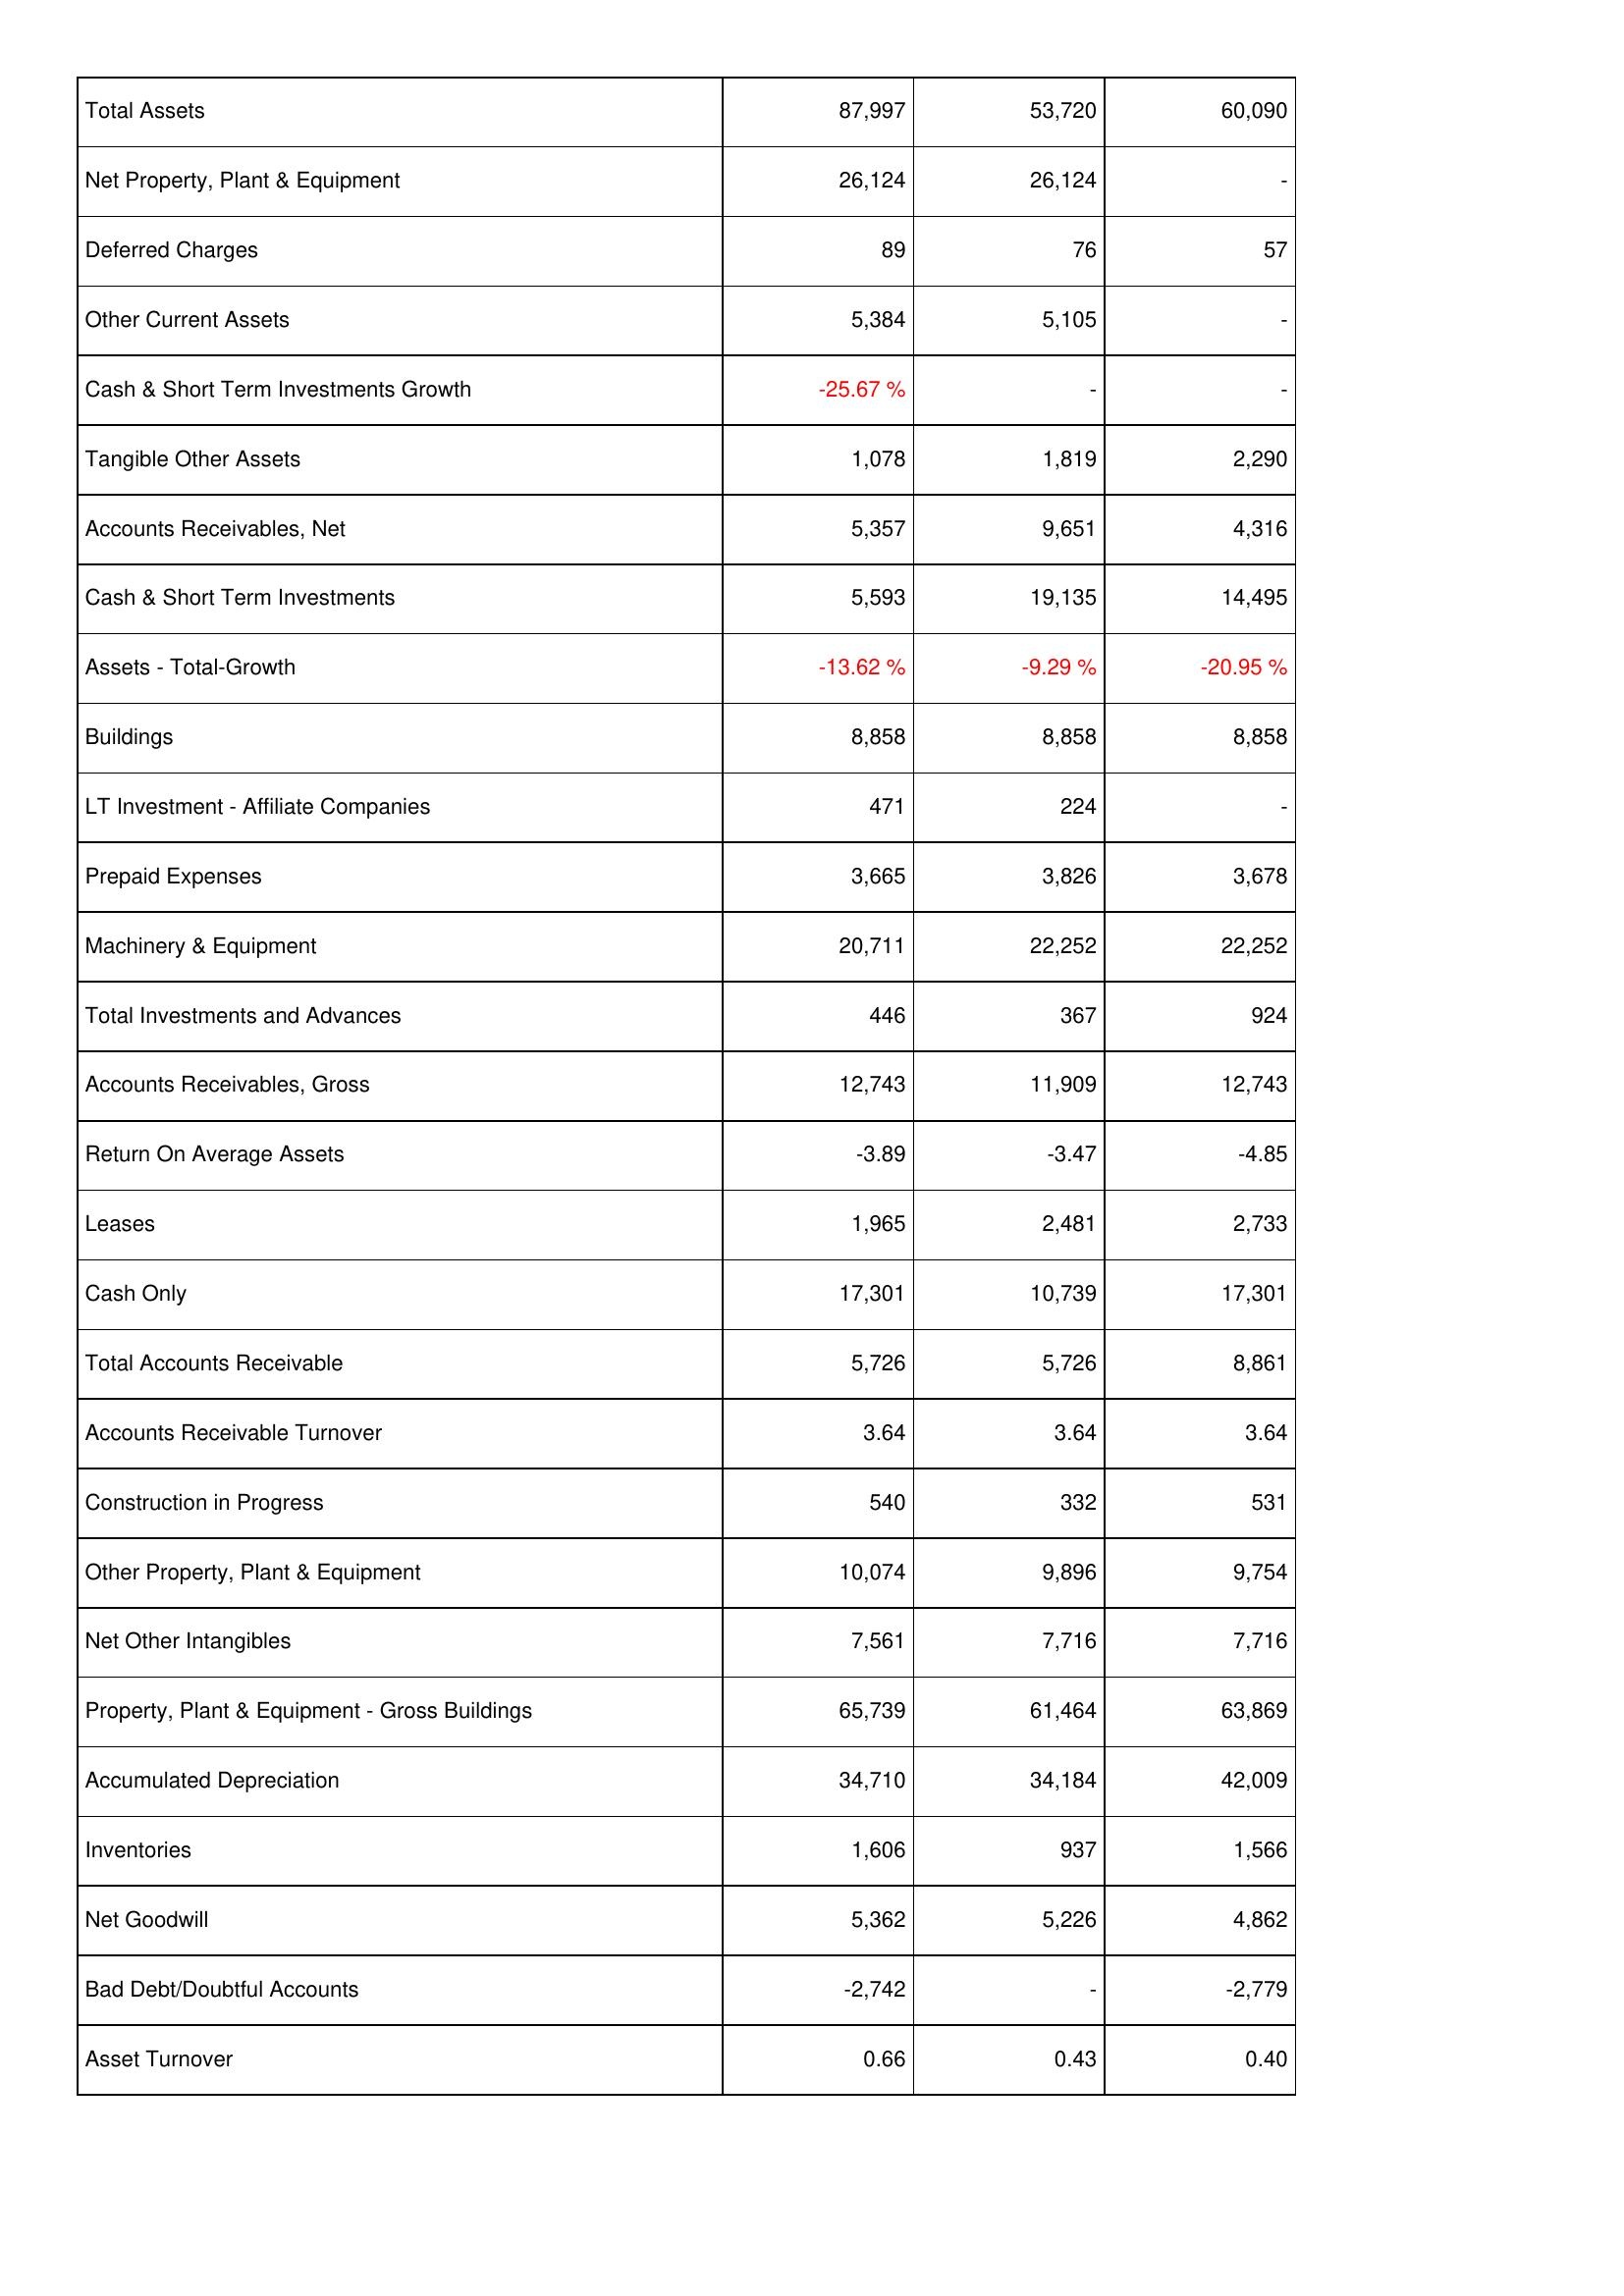
2011: Assets: Total Assets: 87,997
Net Property, Plant & Equipment: 26,124
Deferred Charges: 89
Other Current Assets: 5,384
Cash & Short Term Investments Growth: -25.67 %
Tangible Other Assets: 1,078
Accounts Receivables, Net: 5,357
Cash & Short Term Investments: 5,593
Assets - Total-Growth: -13.62 %
Buildings: 8,858
LT Investment - Affiliate Companies: 471
Prepaid Expenses: 3,665
Machinery & Equipment: 20,711
Total Investments and Advances: 446
Accounts Receivables, Gross: 12,743
Return On Average Assets: -3.89
Leases: 1,965
Cash Only: 17,301
Total Accounts Receivable: 5,726
Accounts Receivable Turnover: 3.64
Construction in Progress: 540
Other Property, Plant & Equipment: 10,074
Net Other Intangibles: 7,561
Property, Plant & Equipment - Gross Buildings: 65,739
Accumulated Depreciation: 34,710
Inventories: 1,606
Net Goodwill: 5,362
Bad Debt/Doubtful Accounts: -2,742
Asset Turnover: 0.66
2012: Assets: Total Assets: 53,720
Net Property, Plant & Equipment: 26,124
Deferred Charges: 76
Other Current Assets: 5,105
Cash & Short Term Investments Growth: -
Tangible Other Assets: 1,819
Accounts Receivables, Net: 9,651
Cash & Short Term Investments: 19,135
Assets - Total-Growth: -9.29 %
Buildings: 8,858
LT Investment - Affiliate Companies: 224
Prepaid Expenses: 3,826
Machinery & Equipment: 22,252
Total Investments and Advances: 367
Accounts Receivables, Gross: 11,909
Return On Average Assets: -3.47
Leases: 2,481
Cash Only: 10,739
Total Accounts Receivable: 5,726
Accounts Receivable Turnover: 3.64
Construction in Progress: 332
Other Property, Plant & Equipment: 9,896
Net Other Intangibles: 7,716
Property, Plant & Equipment - Gross Buildings: 61,464
Accumulated Depreciation: 34,184
Inventories: 937
Net Goodwill: 5,226
Bad Debt/Doubtful Accounts: -
Asset Turnover: 0.43
2013: Assets: Total Assets: 60,090
Net Property, Plant & Equipment: -
Deferred Charges: 57
Other Current Assets: -
Cash & Short Term Investments Growth: -
Tangible Other Assets: 2,290
Accounts Receivables, Net: 4,316
Cash & Short Term Investments: 14,495
Assets - Total-Growth: -20.95 %
Buildings: 8,858
LT Investment - Affiliate Companies: -
Prepaid Expenses: 3,678
Machinery & Equipment: 22,252
Total Investments and Advances: 924
Accounts Receivables, Gross: 12,743
Return On Average Assets: -4.85
Leases: 2,733
Cash Only: 17,301
Total Accounts Receivable: 8,861
Accounts Receivable Turnover: 3.64
Construction in Progress: 531
Other Property, Plant & Equipment: 9,754
Net Other Intangibles: 7,716
Property, Plant & Equipment - Gross Buildings: 63,869
Accumulated Depreciation: 42,009
Inventories: 1,566
Net Goodwill: 4,862
Bad Debt/Doubtful Accounts: -2,779
Asset Turnover: 0.40